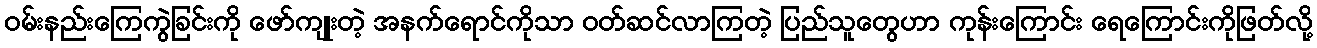
ဝမ်းနည်းကြေကွဲခြင်းကို ဖော်ကျုးတဲ့ အနက်ရောင်ကိုသာ ဝတ်ဆင်လာကြတဲ့ ပြည်သူတွေဟာ ကုန်းကြောင်း ရေကြောင်းကိုဖြတ်လို့